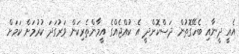
އެއީ ދީނާއި ބެހޭގޮތުން ދަސްކޮށްދީ އެ ކުއްޖެއްގެ އީމާންތެރިކަން ވަރުގަދަ ކުރުމަށް ކަމަށް